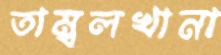
তাম্বুলখানা